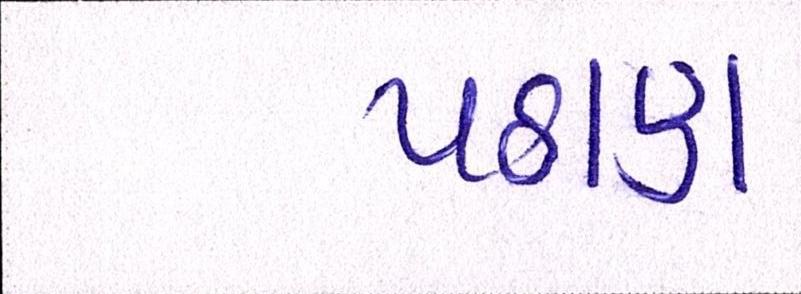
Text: પઠાણ